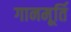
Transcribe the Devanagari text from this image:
गानमूर्ति